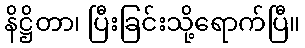
နိဋ္ဌိတာ၊ ပြီးခြင်းသို့ရောက်ပြီ။